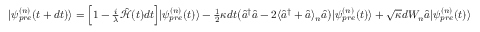
\begin{array} { r } { | \psi _ { p r e } ^ { ( n ) } ( t + d t ) \rangle = \Big [ 1 - \frac { i } { \lambda } \hat { \mathcal { H } } ( t ) d t \Big ] | \psi _ { p r e } ^ { ( n ) } ( t ) \rangle - \frac { 1 } { 2 } \kappa d t \big ( \hat { a } ^ { \dagger } \hat { a } - 2 \langle \hat { a } ^ { \dagger } + \hat { a } \rangle _ { n } \hat { a } \big ) | \psi _ { p r e } ^ { ( n ) } ( t ) \rangle + \sqrt { \kappa } d W _ { n } \hat { a } | \psi _ { p r e } ^ { ( n ) } ( t ) \rangle } \end{array}